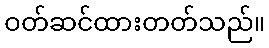
ဝတ်ဆင်ထားတတ်သည်။